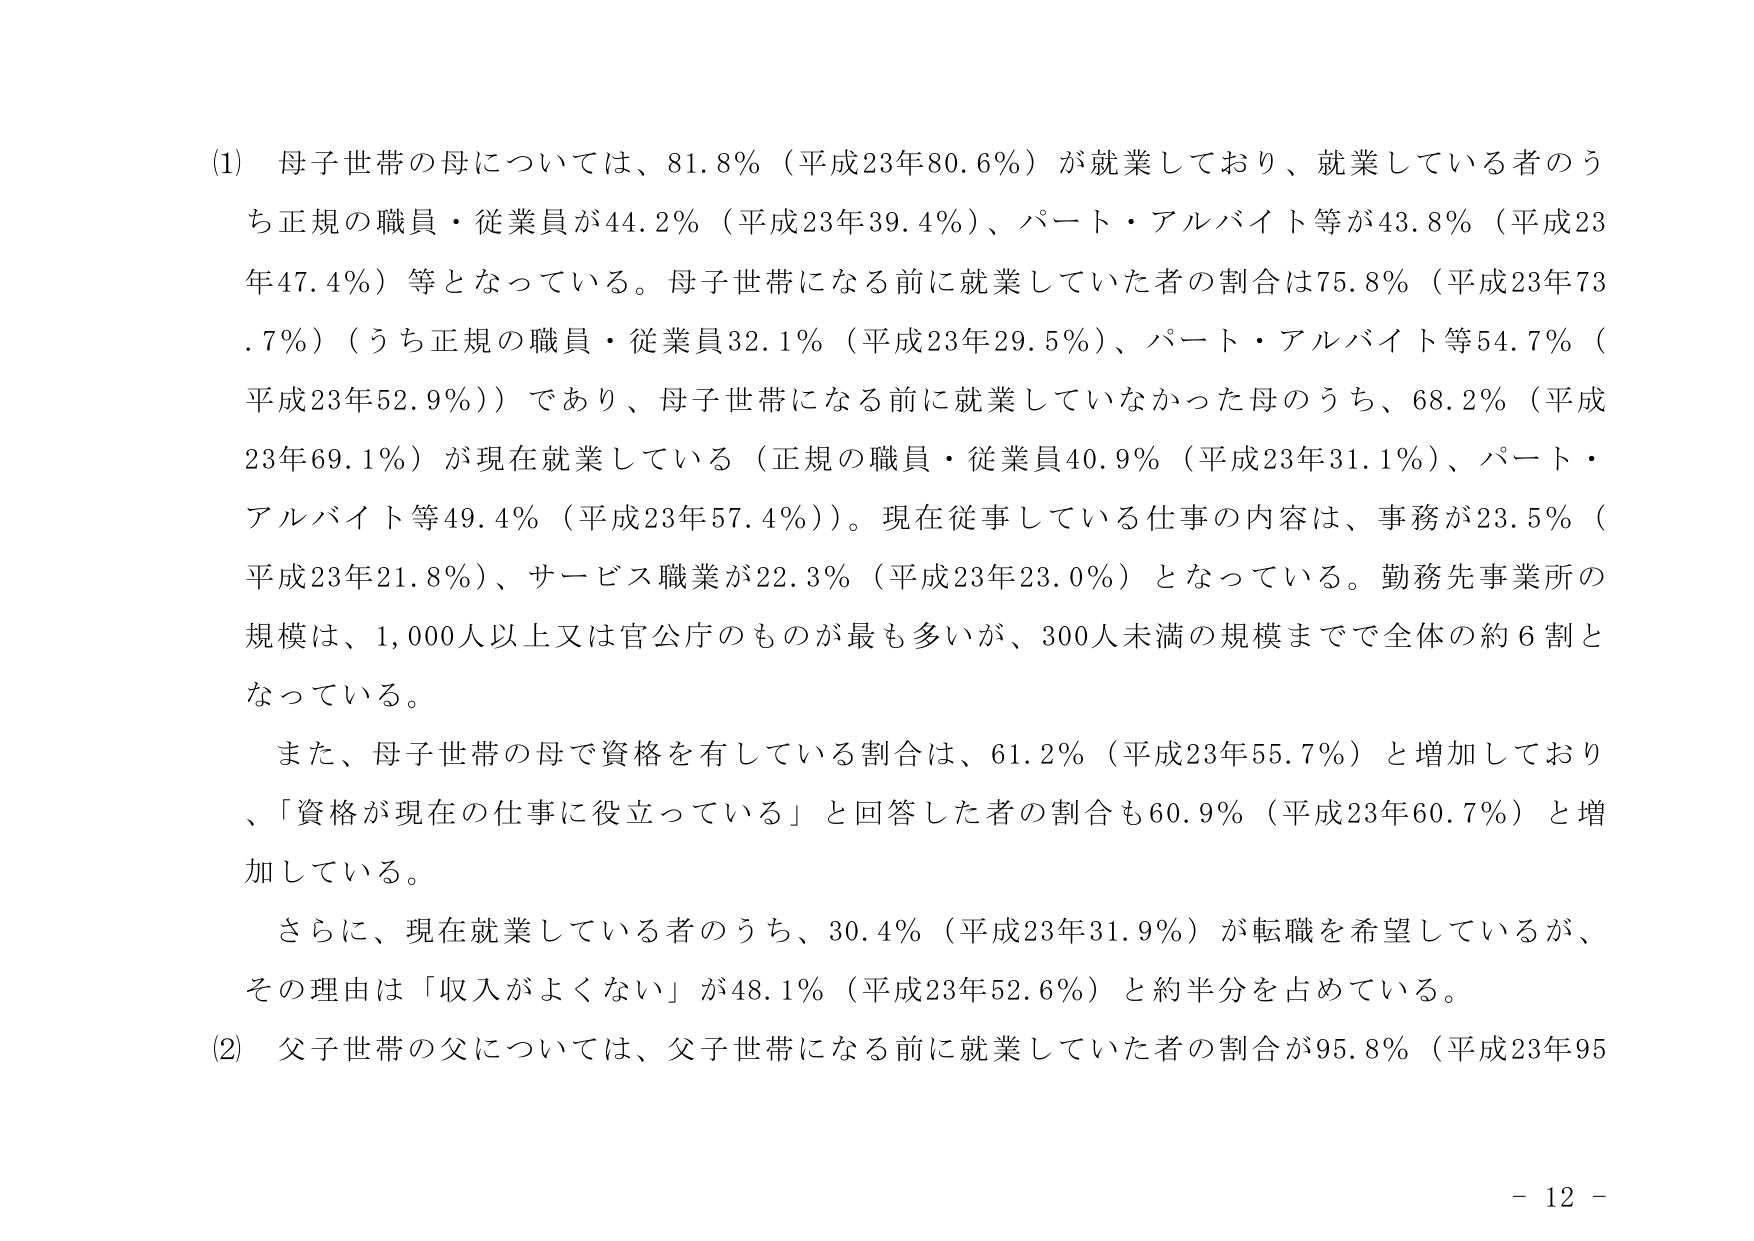
(1) 母子世帯の母については、81.8％（平成23年80.6％）が就業しており、就業している者のうち正規の職員・従業員が44.2％（平成23年39.4％）、パート・アルバイト等が43.8％（平成23年47.4％）等となっている。母子世帯になる前に就業していた者の割合は75.8％（平成23年73.7％）（うち正規の職員・従業員32.1％（平成23年29.5％）、パート・アルバイト等54.7％（平成23年52.9％））であり、母子世帯になる前に就業していなかった母のうち、68.2％（平成23年69.1％）が現在就業している（正規の職員・従業員40.9％（平成23年31.1％）、パート・アルバイト等49.4％（平成23年57.4％））。現在従事している仕事の内容は、事務が23.5％（平成23年21.8％）、サービス職業が22.3％（平成23年23.0％）となっている。勤務先事業所の規模は、1,000人以上又は官公庁のものが最も多いが、300人未満の規模までで全体の約6割となっている。

また、母子世帯の母で資格を有している割合は、61.2％（平成23年55.7％）と増加しており、「資格が現在の仕事に役立っている」と回答した者の割合も60.9％（平成23年60.7％）と増加している。

さらに、現在就業している者のうち、30.4％（平成23年31.9％）が転職を希望しているが、その理由は「収入がよくない」が48.1％（平成23年52.6％）と約半分を占めている。

(2) 父子世帯の父については、父子世帯になる前に就業していた者の割合が95.8％（平成23年95

- 12 -